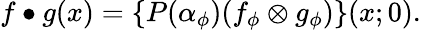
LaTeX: f\bullet g(x)=\left\{ P(\alpha_{\phi})(f_{\phi}\otimes g_{\phi})\right\} (x;0).